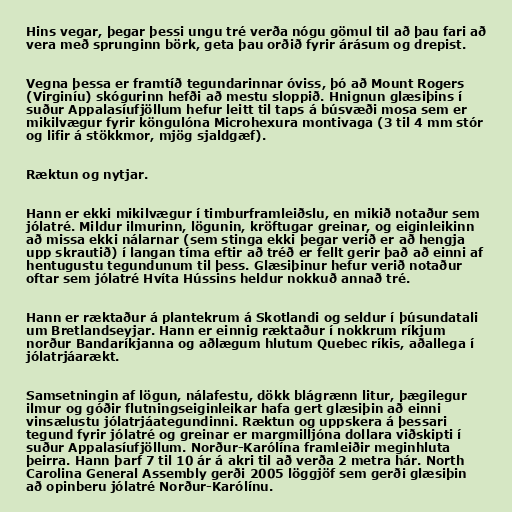
Hins vegar, þegar þessi ungu tré verða nógu gömul til að þau fari að
vera með sprunginn börk, geta þau orðið fyrir árásum og drepist.

Vegna þessa er framtíð tegundarinnar óviss, þó að Mount Rogers
(Virginíu) skógurinn hefði að mestu sloppið. Hnignun glæsiþins í
suður Appalasíufjöllum hefur leitt til taps á búsvæði mosa sem er
mikilvægur fyrir köngulóna Microhexura montivaga (3 til 4 mm stór
og lifir á stökkmor, mjög sjaldgæf).

Ræktun og nytjar.

Hann er ekki mikilvægur í timburframleiðslu, en mikið notaður sem
jólatré. Mildur ilmurinn, lögunin, kröftugar greinar, og eiginleikinn
að missa ekki nálarnar (sem stinga ekki þegar verið er að hengja
upp skrautið) í langan tíma eftir að tréð er fellt gerir það að einni af
hentugustu tegundunum til þess. Glæsiþinur hefur verið notaður
oftar sem jólatré Hvíta Hússins heldur nokkuð annað tré.

Hann er ræktaður á plantekrum á Skotlandi og seldur í þúsundatali
um Bretlandseyjar. Hann er einnig ræktaður í nokkrum ríkjum
norður Bandaríkjanna og aðlægum hlutum Quebec ríkis, aðallega í
jólatrjáarækt.

Samsetningin af lögun, nálafestu, dökk blágrænn litur, þægilegur
ilmur og góðir flutningseiginleikar hafa gert glæsiþin að einni
vinsælustu jólatrjáategundinni. Ræktun og uppskera á þessari
tegund fyrir jólatré og greinar er margmilljóna dollara viðskipti í
suður Appalasíufjöllum. Norður-Karólína framleiðir meginhluta
þeirra. Hann þarf 7 til 10 ár á akri til að verða 2 metra hár. North
Carolina General Assembly gerði 2005 löggjöf sem gerði glæsiþin
að opinberu jólatré Norður-Karólínu.